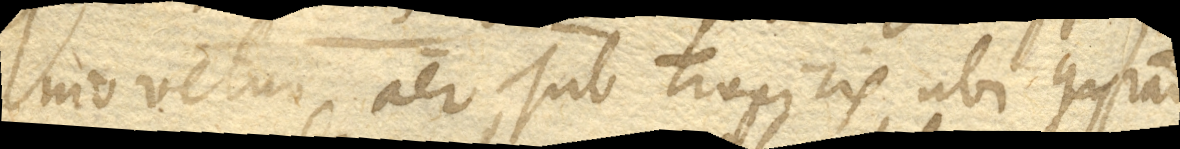
movetur aer sub Tropicis, ubi gyratio